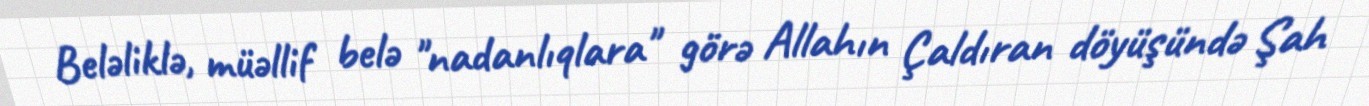
Beləliklə, müəllif belə "nadanlıqlara" görə Allahın Çaldıran döyüşündə Şah